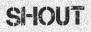
SHOUT